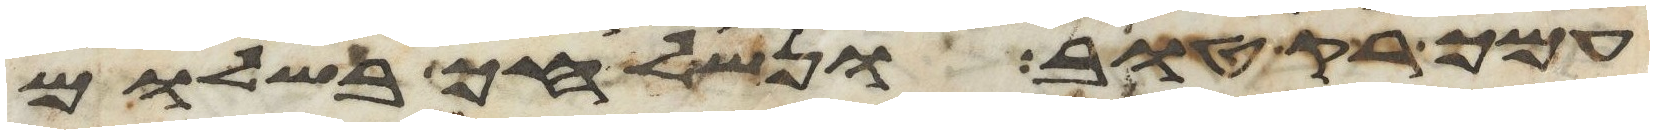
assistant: עמך רק טוב ונשלחך בשלום